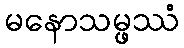
မနောသမ္ဖဿံ